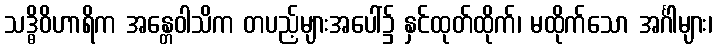
သဒ္ဓိဝိဟာရိက အန္တေဝါသိက တပည့်များအပေါ်၌ နှင်ထုတ်ထိုက်၊ မထိုက်သော အင်္ဂါများ၊